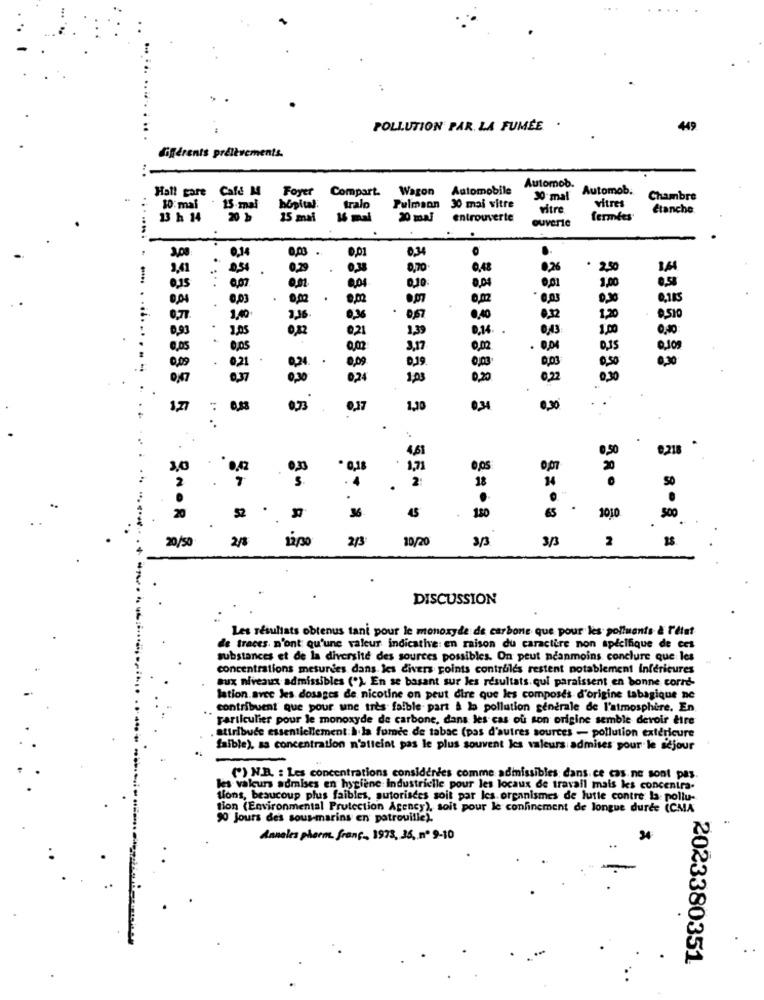
POLLUTION PAR. LA FUMÉE .
449
différents prélèvements.
Hall gare Caf& M
Foyer
Compart.
Wagon
Automobile
Automob.
Automob.
30 mal
vitres
Chambre
10: mal
15-mal
tralo
Pulmson
30 mai vitre
Mitre
Etanche
13 h 14
20 b
15 mai
16 mal
20 mal
entrouverte
cuverie
fermées'
0,14
0,00
0,01
0,34
.
3,41
0,54
0,29
0,38
0,70
0,48
0,26
2.50
....-
0,07
0,04
0,10
0,04
1,00
0,15
0,01
0,04
0,03
0,02
0,02
0,03
0.30
0,77.
1,40
2,36
0,36
0,57
0,40
0,32
1,20
0,510
0,93
0,12
0,21
1,39
0,14
0,43
1.00
0,05
O,05
0,02
3.17
0.02
. 0,04
0,09
0,21
0,24
.
0,09
0,39
0303
0,03
0,50
0,30
3535858
0,47
0,37
0,30
0,24
1,03
0,20
0,22
0,30
127
0,73
.
1,30
0,34
..
.
gro.
0,50
0,218 *
461
. 1,7
0,ps
Op
20
2
.
.
. 2:
18
50
20
52
36
180
2010
500
.
20/50
2/3
30/20
3/3
2
2/8
12/30
3/3
DISCUSSION
Les résultats obtenus tant pour le monoxyde de carbone que pour les polluants & l'état
de traces. n'ont qu'une valeur indicative: en raison du caractère non spécifique de ces
substances et de la diversité des sources possibles. On peut néanmoins conclure que les
concentrations mesurees dans les divers points controles restent notablement Inférieures
aux niveaux admissibles (") En se basant sur les résultats. qui paraissent en bonne corre-
lation.avec les dosages de nicotine on peut dire que les composes d'origine tabagique ne
contribuent que pour une très faible part & la pollution generale de l'atmosphère. En
particulier pour le monoxyde de carbone, dans les cas où son origine semble devoir dire
attribute essentiellement:à la fumde de tabac (pas d'autres sources - pollution extericure
faible), as concentration n'atteint pas le plus souvent les valeurs admises pour le séjour
(*) N.B. : Les concentrations considérées comme admissibles dans ce cas.ne sont pas.
les valeurs admises en hygiène Industrielle pour les locaux de travail mais kes concentra.
tions, beaucoup plus faibles, autorisees soit par les. organismes de lutte contre la: pollu-
tion (Environmental Protection Agency), soit pour le confinement de longue durée (CMA
90 Jours des sous-marins en patrouille).
Anneles pharm. franc ., 1973, 35, nº 9-10
2023380351